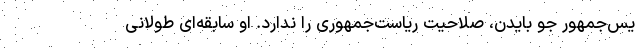
یس‌جمهور جو بایدن، صلاحیت ریاست‌جمهوری را ندارد. او سابقه‌ای طولانی